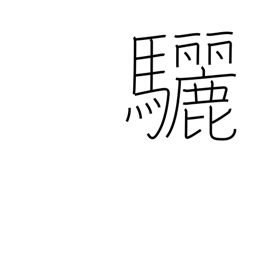
Meaning: black horse